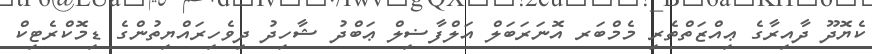
ކެޔޮދޫ ދާއިރާގެ ޢިއްޒަތްތެރި މެމްބަރ އޮނަރަބަލް އަލްފާޟިލް ޢަބްދު ޝާހިދު ދިވެހިރައްޔިތުންގެ ޑިމޮކްރެޓިކް